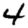
Digit: 4